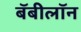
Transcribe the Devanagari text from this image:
बॅबीलॉन